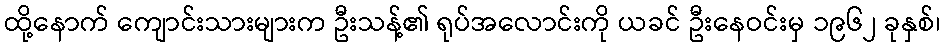
ထို့နောက် ကျောင်းသားများက ဦးသန့်၏ ရုပ်အလောင်းကို ယခင် ဦးနေဝင်းမှ ၁၉၆၂ ခုနှစ်၊